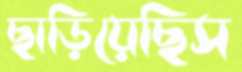
ছাড়িয়েছিস